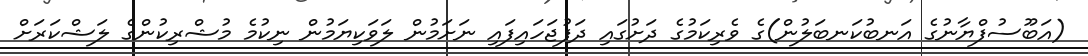
(އަބޫސުފްޔާނުގެ އަނބުކަނބަލުން)ގެ ވެރިކަމުގެ ދަށުގައި ދަފުޖަހައިފައި ނަށަމުން ލަވަކިޔަމުން ނިކުމެ މުޝްރިކުންގެ ލަޝްކަރަށް